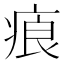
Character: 㾗